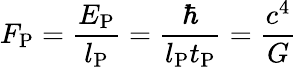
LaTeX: F_{\mathrm{P}}={\frac{E_{\mathrm{P}}}{l_{\mathrm{P}}}}={\frac{\hbar}{l_{\mathrm{P}}t_{\mathrm{P}}}}={\frac{c^{4}}{G}}